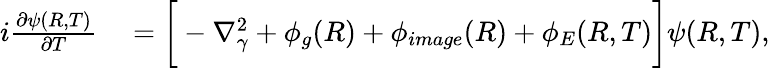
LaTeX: \begin{array}{rl}{i\frac{\partial\psi(R,T)}{\partial T}}&{{}=\bigg[-\nabla_{\gamma}^{2}+\phi_{g}(R)+\phi_(R)+\phi_{E}(R,T)\bigg]\psi(R,T),}\end{array}